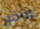
ووقع